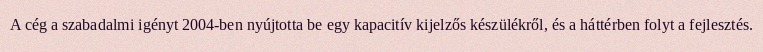
A cég a szabadalmi igényt 2004-ben nyújtotta be egy kapacitív kijelzős készülékről, és a háttérben folyt a fejlesztés.